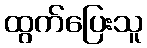
ထွက်ပြေးသူ